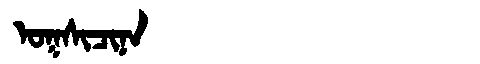
Manchu: ᠣᡴᠰᡳᠴᡳᠨᠠ
Romanization: OKSICINA